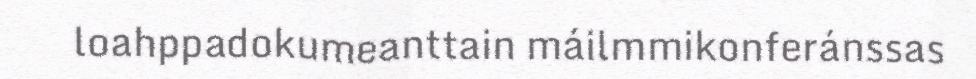
loahppadokumeanttain máilmmikonferánssas